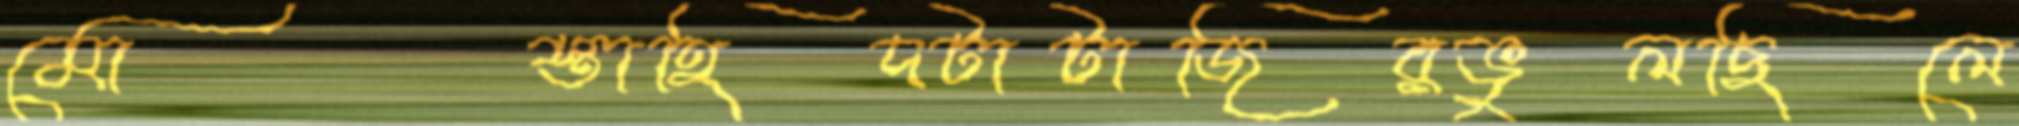
মোস্তাহিদটাটাজিরভুলছিলে